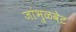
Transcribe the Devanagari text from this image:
जांभुळवेट